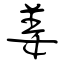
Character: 姜